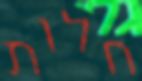
חלות